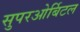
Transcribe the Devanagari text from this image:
सुपरओर्बिटल